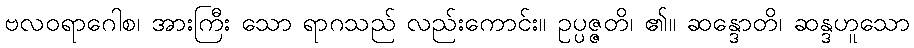
ဗလဝရာဂေါစ၊ အားကြီး သော ရာဂသည် လည်းကောင်း။ ဥပ္ပဇ္ဇတိ၊ ၏။ ဆန္ဒောတိ၊ ဆန္ဒဟူသော